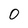
Character: 0